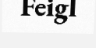
Feigl